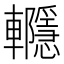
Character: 𨏱